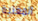
المغنية